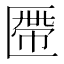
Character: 𠥖